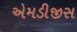
એમડીજીસ